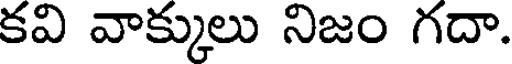
కవి వాక్కులు నిజం గదా.